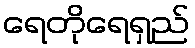
ရေတိုရေရှည်